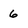
Character: 6